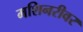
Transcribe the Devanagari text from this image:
मशिनरीवर